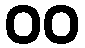
၀၀